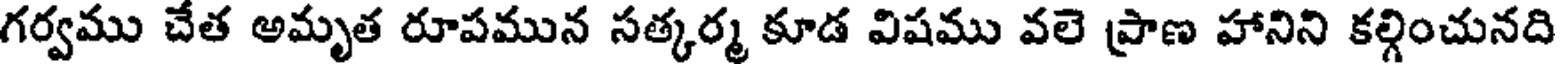
గర్వము చేత అమృత రూపమున సత్కర్మ కూడ విషము వలె ప్రాణ హానిని కల్గించునది